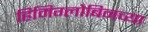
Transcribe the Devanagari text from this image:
हिमिग्लोबिनच्या